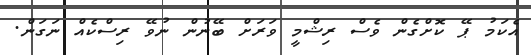
އެކަމު ޕޭ ކޮށްގެން ވެސް ރިޝްމީ ވަރަށް ބޭނުން ނުވޭ ރިސްކެއް ނަގަން.